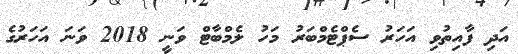
އަދި ފާއިތުވި އަހަރު ސެޕްޓެމްބަރު މަހު ލެމްބާޓް ވަނީ 2018 ވަނަ އަހަރުގެ